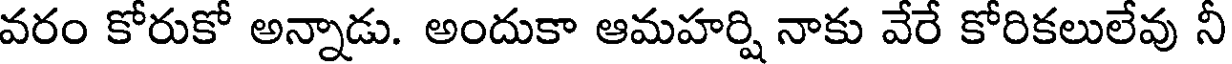
వరం కోరుకో అన్నాడు. అందుకా ఆమహర్షి నాకు వేరే కోరికలులేవు నీ